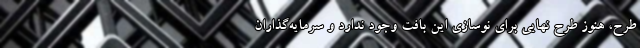
طرح، هنوز طرح نهایی برای نوسازی این بافت وجود ندارد و سرمایه‌گذاران